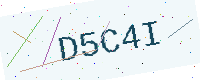
Text: D5C4I